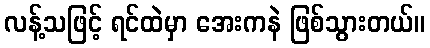
လန့်သဖြင့် ရင်ထဲမှာ အေးကနဲ ဖြစ်သွားတယ်။